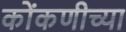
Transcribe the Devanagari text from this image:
कोंकणीच्या